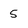
Character: 5